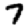
Digit: 7